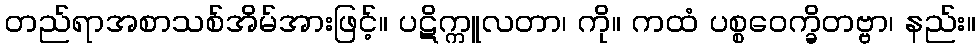
တည်ရာအစာသစ်အိမ်အားဖြင့်။ ပဋိက္ကူလတာ၊ ကို။ ကထံ ပစ္စဝေက္ခိတဗ္ဗာ၊ နည်း။